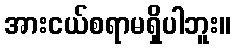
အားငယ်စရာမရှိပါဘူး။